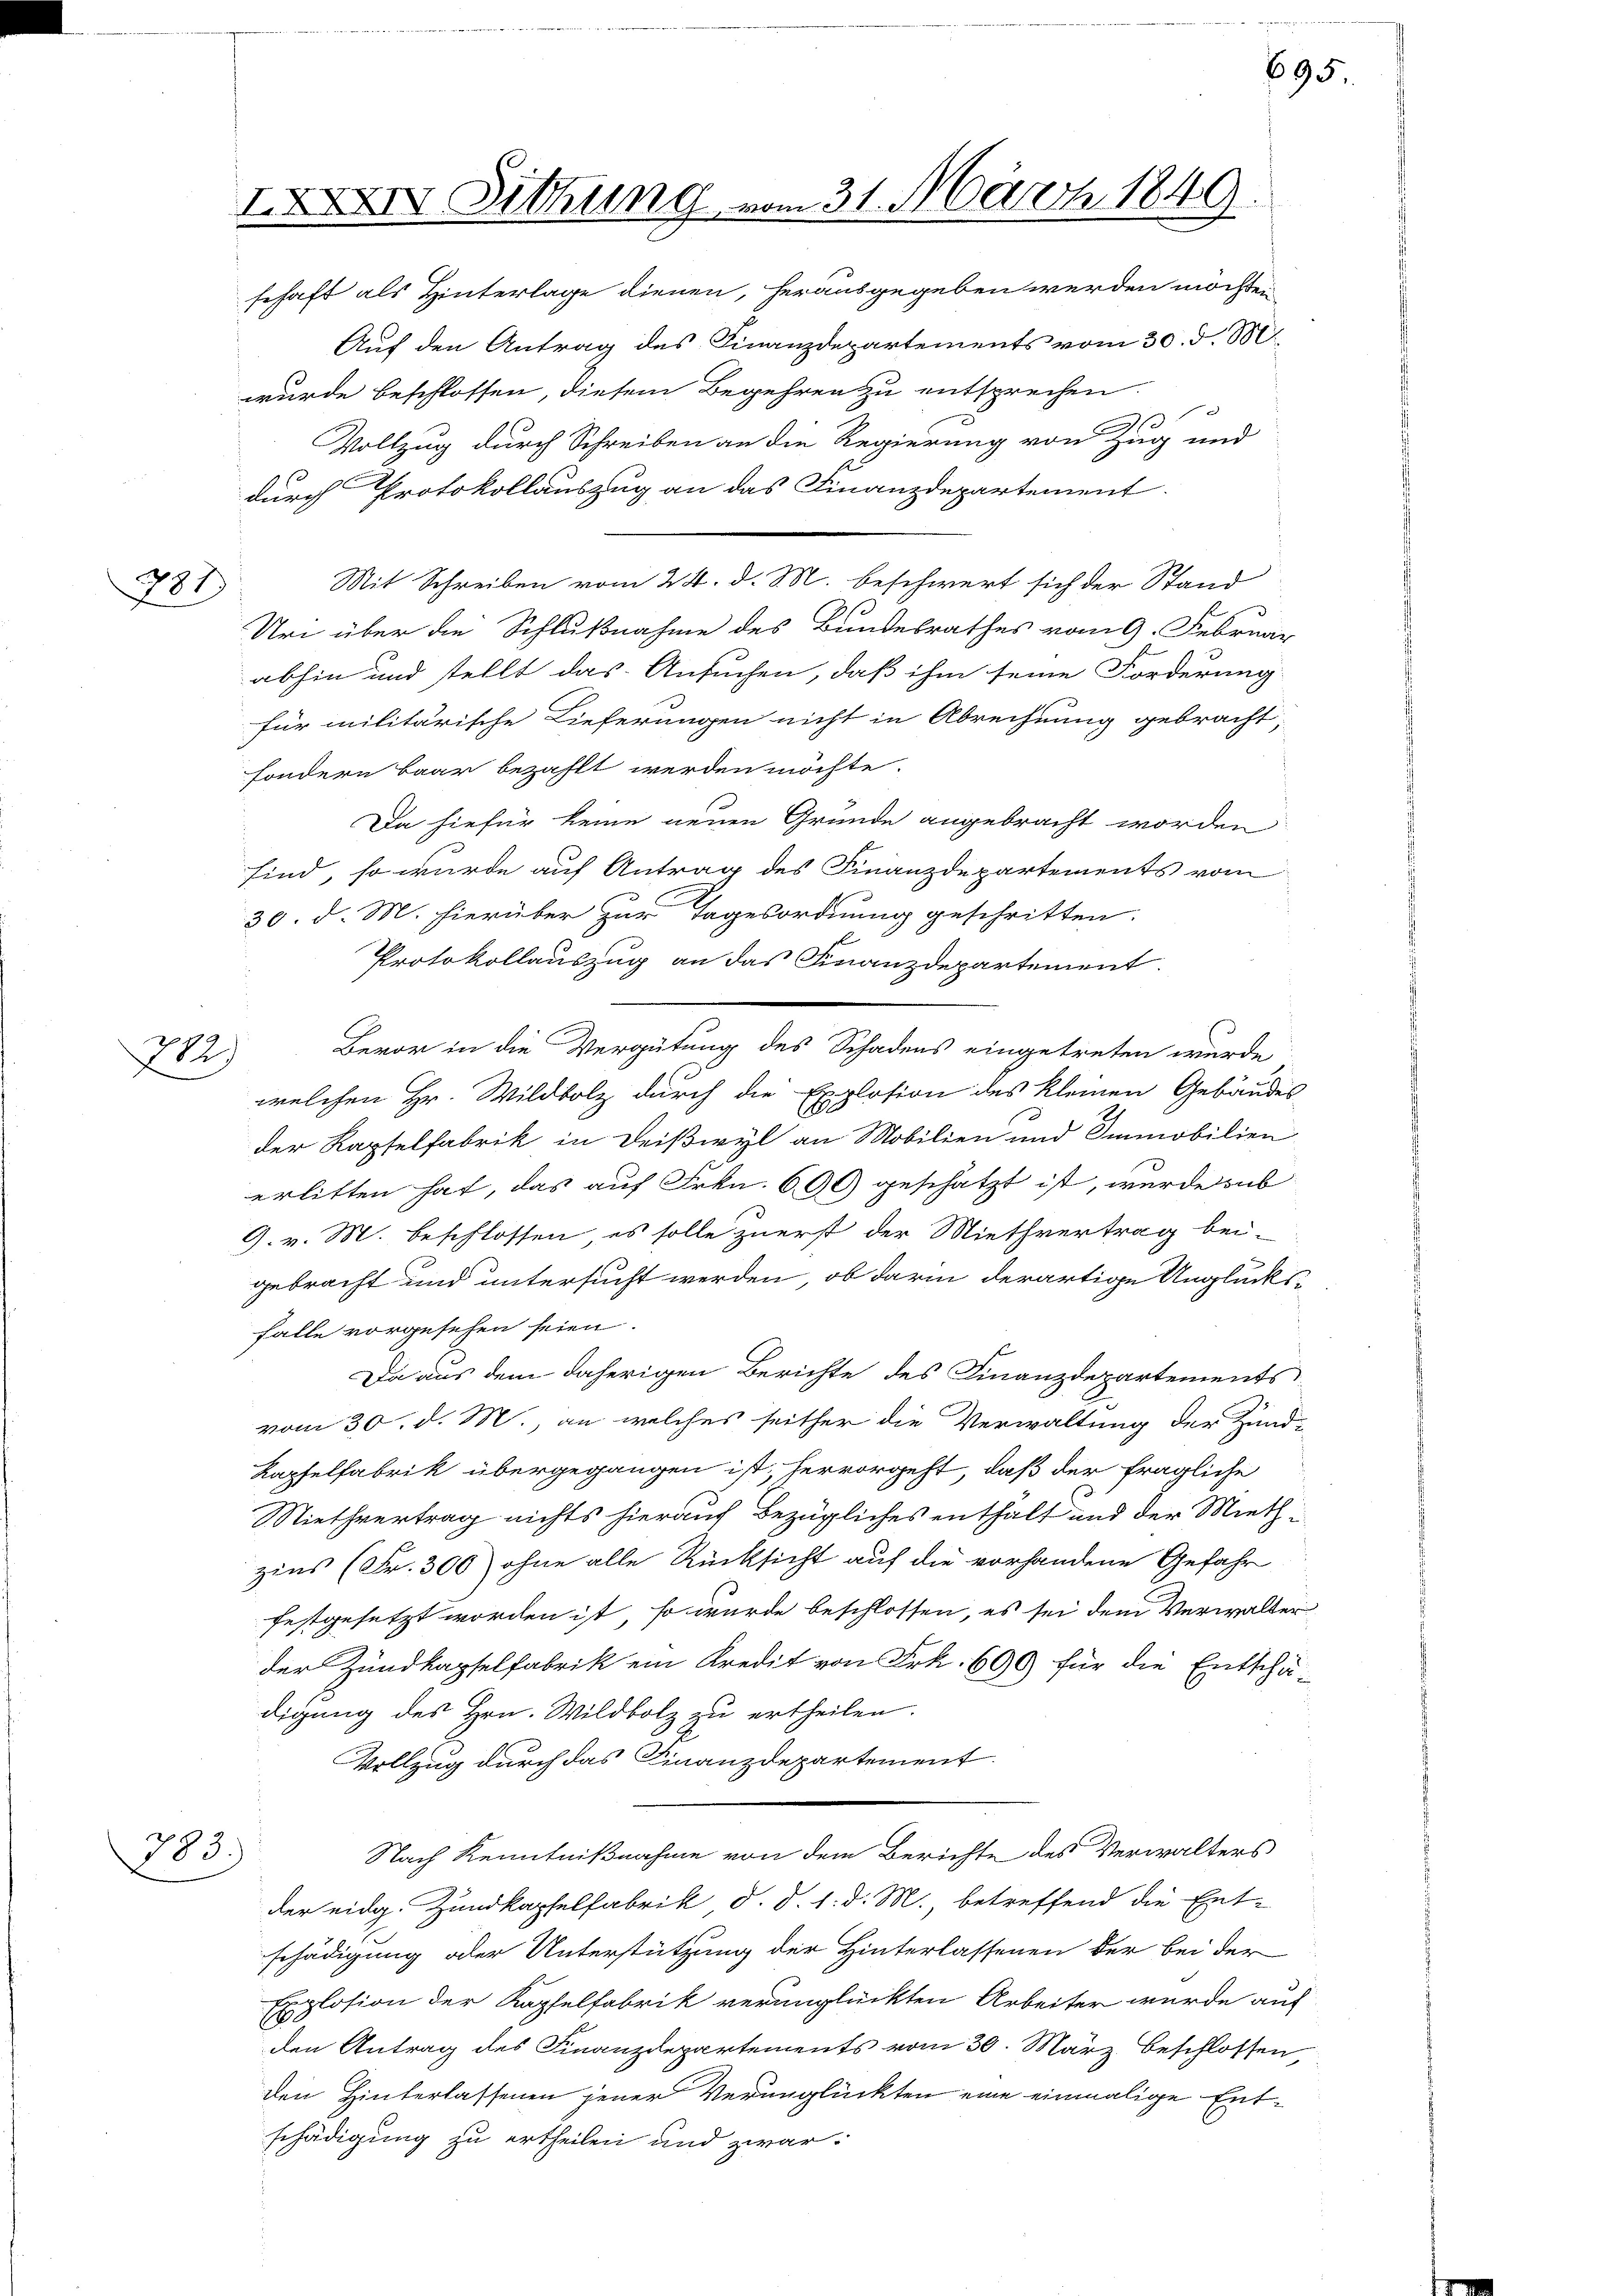
781

2

383.

IXXXII Sitzung vom 31. März 1849.

schaft als Hinterlage dienen, herausgegeben werden möchten
Auf den Antrag des Finanzdepartements vom 30. d. M
wurde beschlossen, diesem Begehren zu entsprechen

Vollzug durch Schreiben an die Regierung von Zug und
durch Protokollauszug an das Finanzdepartement.
Mit Schreiben vom 24. d. M. beschwert sich der Stand
Uri über die Schlußnahme des Bundesrathes vom 9. Februar
abhin und stellt das Ansuchen, daß ihm seine Forderung
für militärische Lieferungen nicht in Abrechnung gebracht,
sondern baar bezahlt werden möchte.
Da hiefür keine neuen Gründe angebracht worden
sind, so wurde auf Antrag des Finanzdepartements vom
30. d. M. hierüber zur Tagesordnung geschritten.
Protokollauszug an das Finanzdepartement.
welchen Hr. Wildbolz durch die Explosion des kleinen Gebäudes
der Kapselfabrik in Deißwyl an Mobilien und Immobilien
erlitten hat, das auf Frkn. 600 geschätzt ist, wurde sub
9. v. M. beschlossen, es solle zuerst der Miethvertrag bei-
gebracht und untersucht werden, ob darin derartige Unglücksfalle vorgesehen seien.
Da aus dem daherigen Berichte des Finanzdepartements
vom 30. d. M., an welches seither die Verwaltung der Zünd-
Kapfelfabrik übergegangen ist, hervorgeht, daß der fragliche
Niethvertrag nichts hierauf bezügliches enthalt und der Mieth
zins (Fr. 300) ohne alle Rücksicht auf die vorhandene Gefahr
festgesetzt worden ist, so wurde beschlossen, es sei dem Verwalter
der Zundkapselfabrik ein Kredit von Frk. 600 für die Entschädigung des Hrn. Wildbolz zu ertheilen.
Vollzug durch das Finanzdepartement
Nach Kenntnißnahme von dem Berichte des Verwalters
der eidg. Zundkapselfabrik d. d. 1. d. M., betreffend die Ent-
schädigung oder Unterstützung der Hinterlassenen der bei der
Explosion der Kapfelfabrik verunglückten Arbeiter wurde auf
den Antrag des Finanzdepartements vom 30. März beschlossen,
den Hinterlassenen jener Verunglückten eine einmalige Entschädigung zu ertheilen und zwar:

Bevor in die Vergütung des Schadens eingetreten wurde

695.